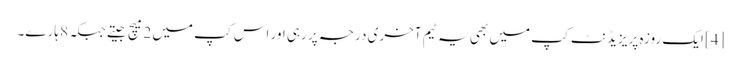
[4] ایک روزہ پریزیڈنٹ کپ میں بھی یہ ٹیم آخری درجہ پر رہی اور اس کپ میں 2 میچ جیتے جبکہ 8 ہارے۔